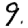
Digit: 9